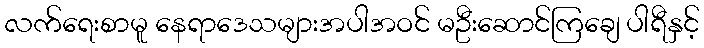
လက်ရေးစာမူ နေရာဒေသများအပါအဝင် မဦးဆောင်ကြချေ ပါရီနှင့်